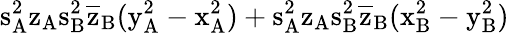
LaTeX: \mathrm{s_{A}^{2}\mathrm{z_{A}\mathrm{s_{B}^{2}\mathrm{\overline{{z}}_{B}(\mathrm{y_{A}^{2}-\mathrm{x_{A}^{2})+\mathrm{s_{A}^{2}\mathrm{z_{A}\mathrm{s_{B}^{2}\mathrm{\overline{{z}}_{B}(\mathrm{x_{B}^{2}-\mathrm{y_{B}^{2})}}}}}}}}}}}}